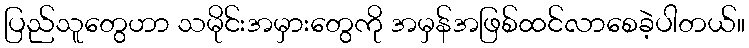
ပြည်သူတွေဟာ သမိုင်းအမှားတွေကို အမှန်အဖြစ်ထင်လာစေခဲ့ပါတယ်။